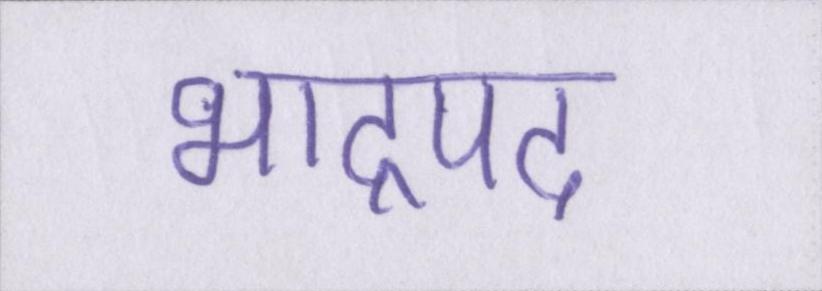
भाद्रपद